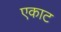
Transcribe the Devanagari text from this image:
एकाट